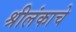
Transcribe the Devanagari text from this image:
श्रीलंकाचे